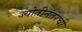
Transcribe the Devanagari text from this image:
ज्योतीनंतरची